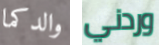
والدكما وردني